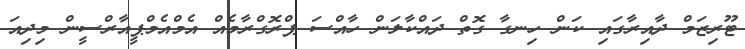
ޓޫރިޒަމް ދާއިރާގައި ކަން ހިނގާ ގޮތް ދައްކާލަން ހާއްސަ ޕްރޮގްރާމެއް އެމްއެމްޕީއާރްސީން މިދިއަ